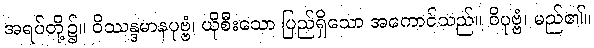
အရပ်တို့၌။ ဝိဿန္ဒမာနပုဗ္ဗံ၊ ယိုစီးသော ပြည်ရှိသော အကောင်သည်။ ဝိပုဗ္ဗံ၊ မည်၏။